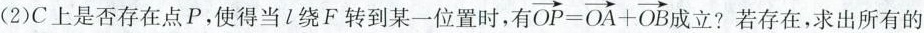
(2)C上是否存在点P，使得当l绕F转到某一位置时，有 $$\overrightarrow { O P } = \overrightarrow { O A } + \overrightarrow { O B }$$ 成立？若存在，求出所有的